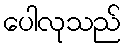
ပေါလုသည်